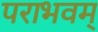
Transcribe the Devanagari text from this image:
पराभवम्‌